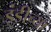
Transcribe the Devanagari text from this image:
इंडीच्या